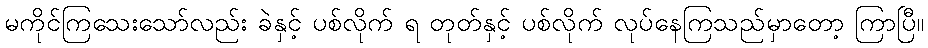
မကိုင်ကြသေးသော်လည်း ခဲနှင့် ပစ်လိုက် ရ တုတ်နှင့် ပစ်လိုက် လုပ်နေကြသည်မှာတော့ ကြာပြီ။